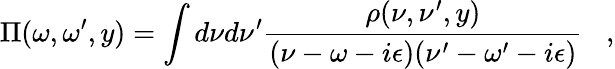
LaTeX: \Pi(\omega,\omega^{\prime},y)=\int d\nu d\nu^{\prime}{\frac{\rho(\nu,\nu^{\prime},y)}{(\nu-\omega-i\epsilon)(\nu^{\prime}-\omega^{\prime}-i\epsilon)}}\; \; \; ,